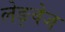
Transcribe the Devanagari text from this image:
लेङ्वेज